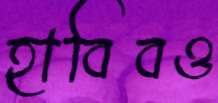
হাবিবও